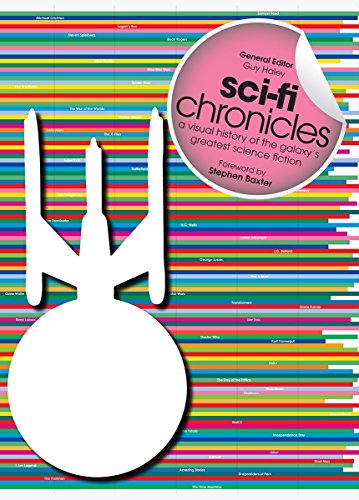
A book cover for Sci-Fi Chronicles: A Visual History of the Galaxy's Greatest Science Fiction; Humor & Entertainment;